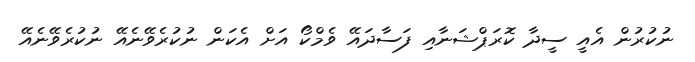
ނުކުރުން އެއީ ސީދާ ކޮރަޕްޝަނާއި ފަސާދައޭ ވެމްކޯ އަށް އެކަން ނުކުރެވޭނެއޭ ނުކުރެވޭނެއޭ